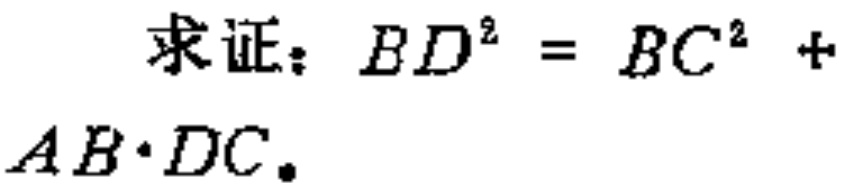
求证：\(BD^{2}=BC^{2}+AB\cdot DC\)。